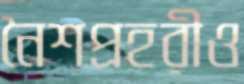
নৈশপ্রহরীও